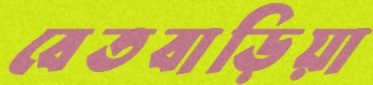
বেতবাড়িয়া